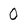
Character: 0